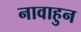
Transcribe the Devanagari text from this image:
नावाहुन